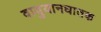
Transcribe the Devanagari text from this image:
वायुयानघातक